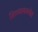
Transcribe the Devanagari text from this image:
तिच्यासमवेत